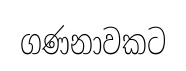
ගණනාවකට